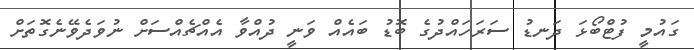
ގައުމީ ފުޓްބޯޅަ ދަނޑު ސަރަހައްދުގެ ބޮޑު ބައެއް ވަނީ ދުއްވާ އެއްޗެއްސަށް ނުވަދެވޭނެގޮތަށް